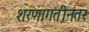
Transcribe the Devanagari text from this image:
शरणागतीनंतर